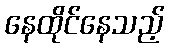
နေထိုင်နေသည့်